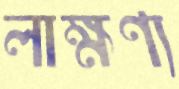
লাক্ষণ্য